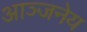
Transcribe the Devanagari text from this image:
आञ्जनेय